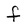
Character: f